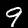
Digit: 9